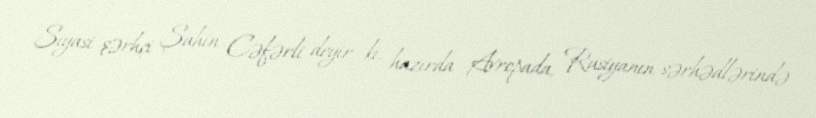
Siyasi şərhçi Şahin Cəfərli deyir ki, hazırda Avropada, Rusiyanın sərhədlərində